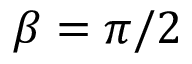
\beta = \pi / 2